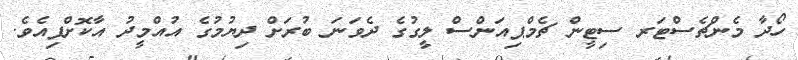
ހޯދާ މެންޗެސްޓަރ ސިޓީން ޗެމްޕިއަންސް ލީގުގެ ދެވަނަ ބުރަށް ދިޔުމުގެ އުއްމީދު އާކޮށްފިއެވެ.